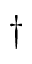
\dagger